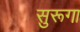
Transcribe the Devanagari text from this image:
सुरूगा